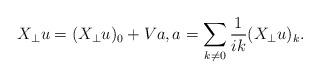
LaTeX: \begin{align*}X_{\perp} u = (X_{\perp} u)_0 + Va, a = \sum_{k \neq 0} \frac{1}{ik} (X_{\perp} u)_k.\end{align*}